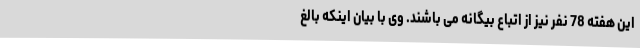
این هفته 78 نفر نیز از اتباع بیگانه می باشند. وی با بیان اینکه بالغ